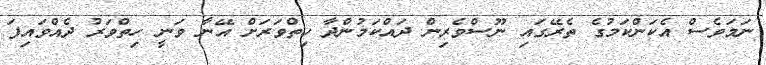
ނަމަވެސް އެކަންކަމުގެ ތެރޭގައި ނޫސްވެރިން ދައްކަމުންދާ ހިތްވަރަށް އޭނާ ވަނީ ހިތްވަރު ދެއްވައިފަ